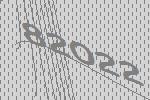
82022